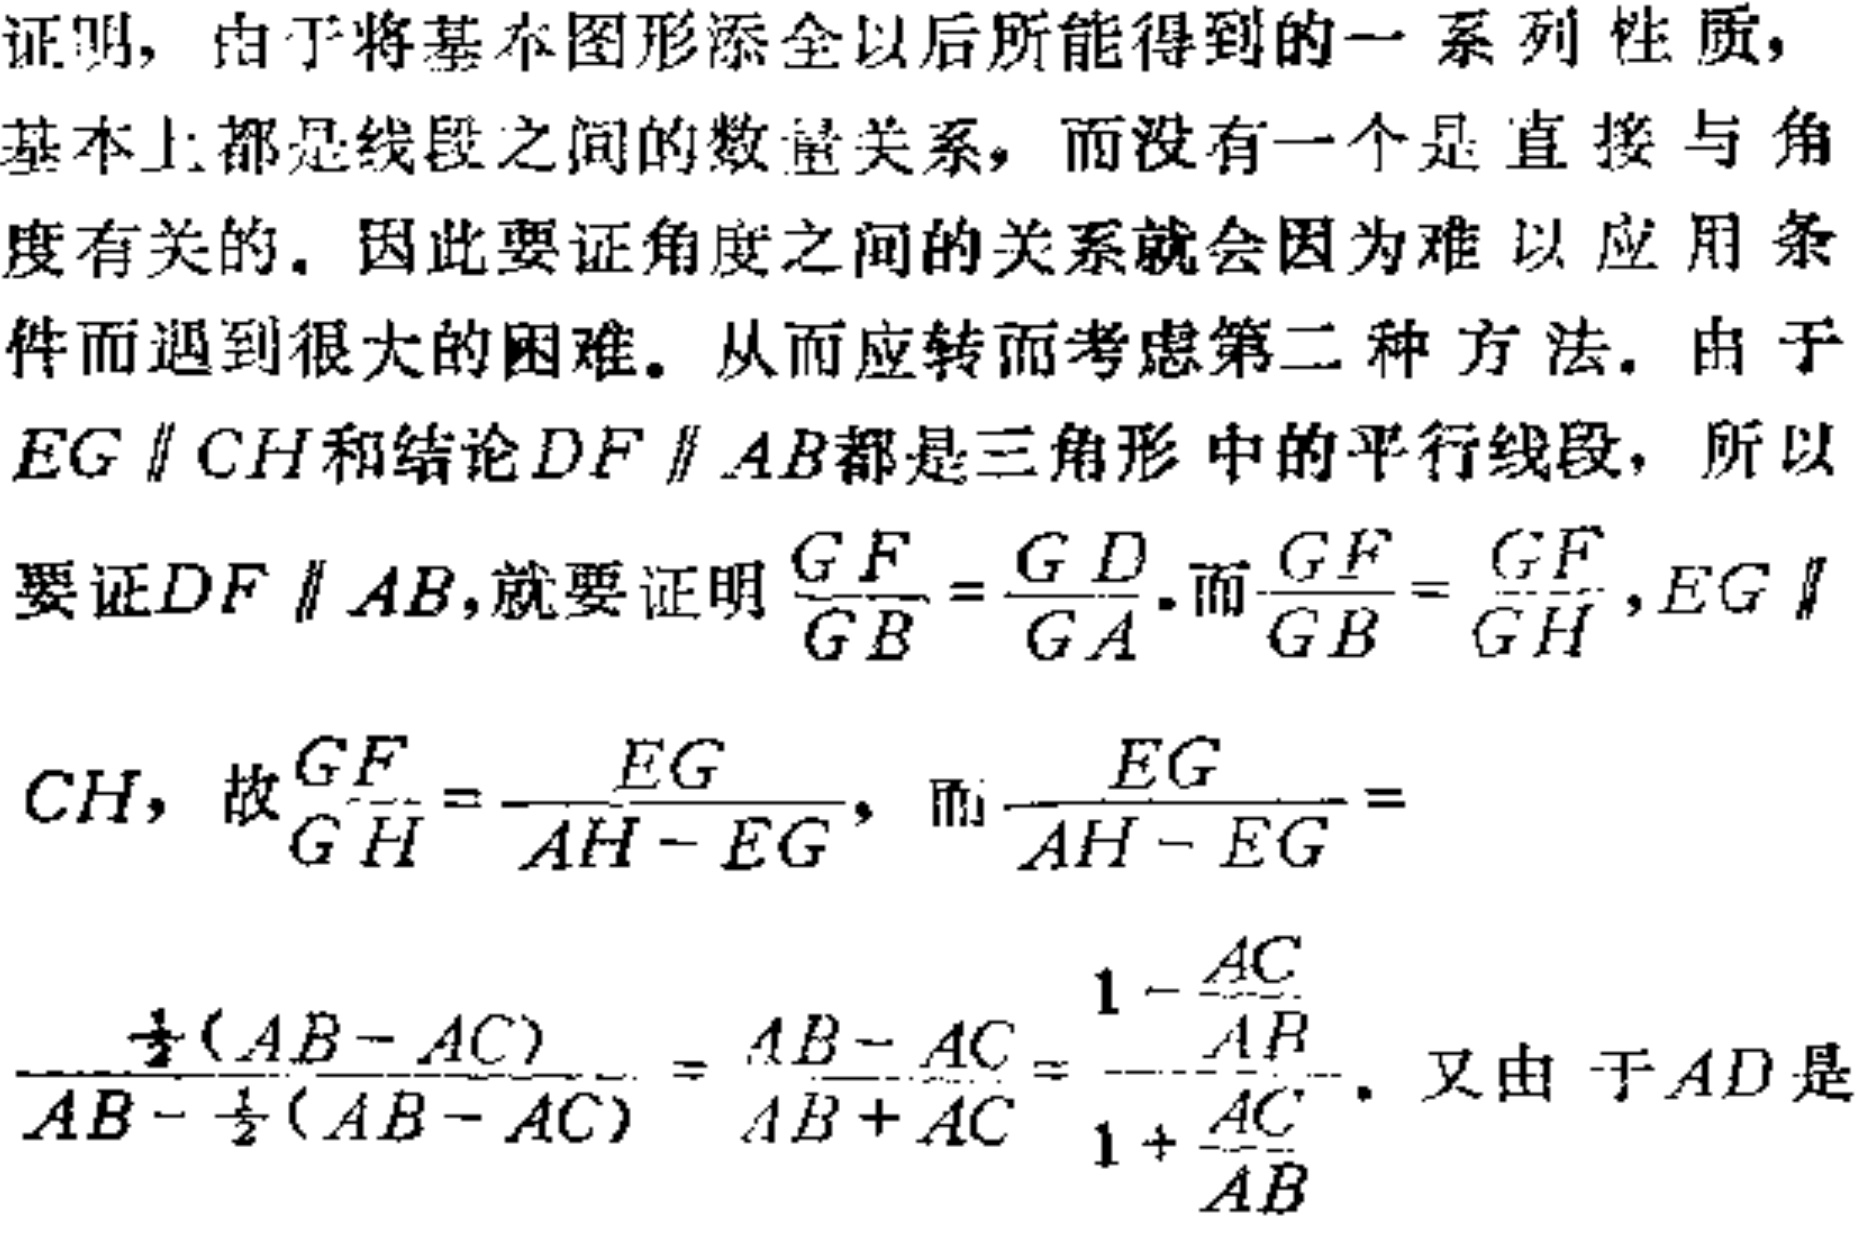
证明，由于将基本图形添全以后所能得到的一系列性质，基本上都是线段之间的数量关系，而没有一个是直接与角度有关的. 因此要证角度之间的关系就会因为难以应用条件而遇到很大的困难. 从而应转而考虑第二种方法. 由于 \(EG\parallel CH\) 和结论 \(DF\parallel AB\) 都是三角形中的平行线段，所以要证 \(DF\parallel AB\)，就要证明 \(\frac{GF}{GB}=\frac{GD}{GA}\). 而 \(\frac{GF}{GB}=\frac{GF}{GH}\)，\(EG\parallel\) \(CH\)，故 \(\frac{GF}{GH}=\frac{EG}{AH - EG}\)，而 \(\frac{EG}{AH - EG}=\) \(\frac{\frac{1}{2}(AB - AC)}{AB-\frac{1}{2}(AB - AC)}=\frac{AB - AC}{AB + AC}=\frac{1-\frac{AC}{AB}}{1+\frac{AC}{AB}}\). 又由于 \(AD\) 是